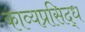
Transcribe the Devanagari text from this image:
काव्यप्रसिद्ध